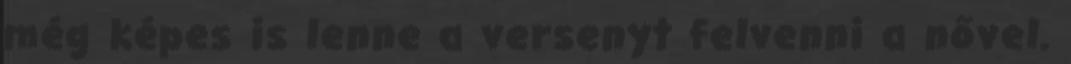
még képes is lenne a versenyt felvenni a nővel.